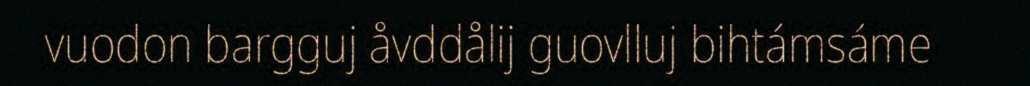
vuodon bargguj åvddålij guovlluj bihtámsáme